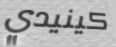
كينيدي